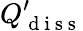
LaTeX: Q_{\mathrm{~d~i~s~s~}}^{\prime}